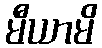
မီယာမိ